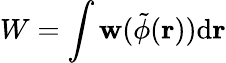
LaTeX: W=\int\mathbf{w}(\tilde{{\phi}}({\mathbf{{r}}}))\mathrm{{d}}{\mathbf{{r}}}